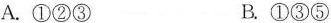
A.①②③ B.①③⑤